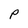
Character: P